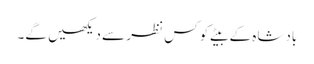
بادشاہ کے بیٹے کو کس نظر سے دیکھیں گے۔